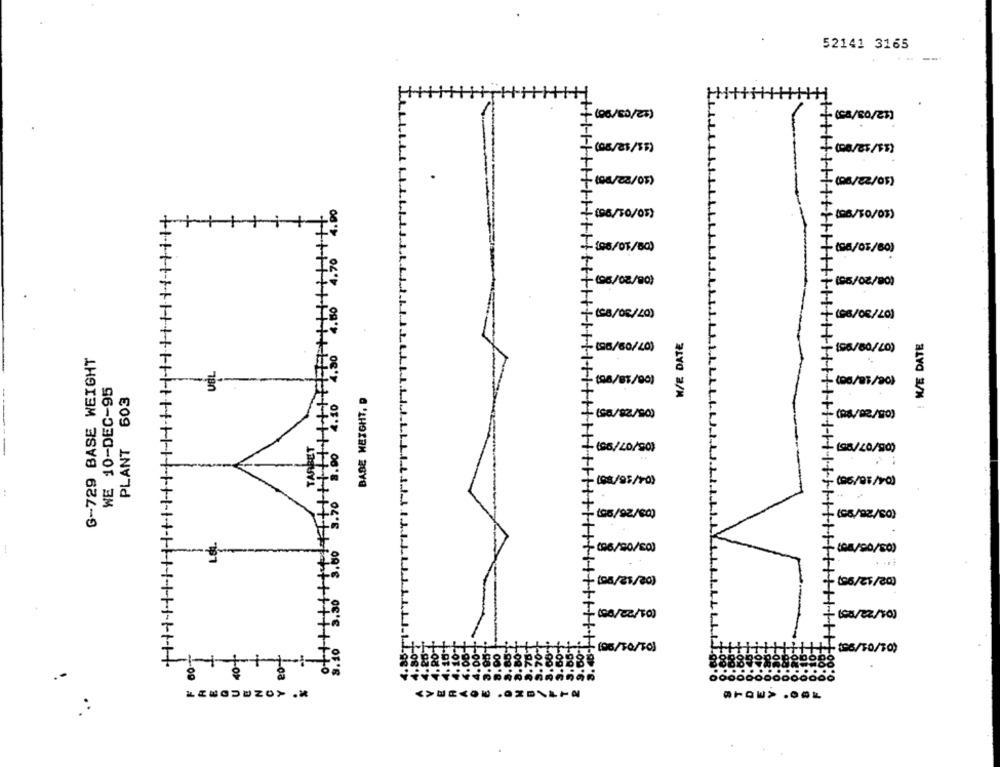
52141 3165
(08/85/35)
(04/22/05)
+
(96/10/05)
(06/10/03)
+
198/07/80)
(96/07/80)
(96/02/90)
16/02/00)
(8/08/20)
(96/08/20)
W/E DATE
! ME DATE
G-729 BASE WEIGHT
(96/60/40)
196/80/20)
UIL
WE 10-DEC-95
(98/81/00)
(06/81/20)
PLANT 603
BASE HEIGHT, D
MTITTITH
TARDE
(95/20/80)
(98/20/90)
..
- (98/95/10)
(86/98/10)
(98/92/60)
3.10 9.30 3.00
- (96/20/60)
(66/50/50)
-(08/02/10)
$6/10/10)